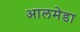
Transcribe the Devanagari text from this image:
आलमेडा